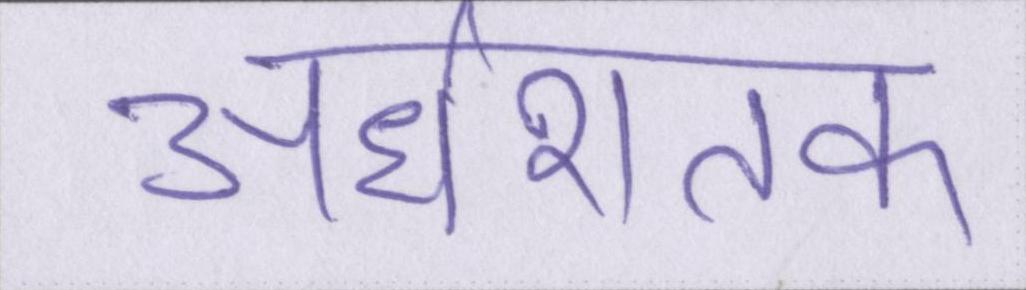
अर्धशतक